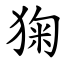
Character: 㹼